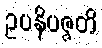
ဥပနိပဇ္ဇတိ